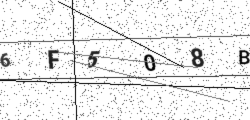
Text: 6F508B